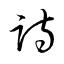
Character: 跱